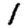
Digit: 1